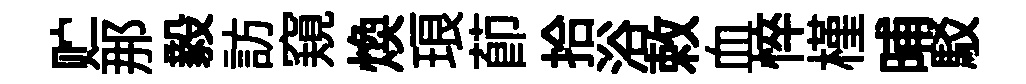
贮那毅訪窺焕琅莭拾浴敕血悴槿晡駁